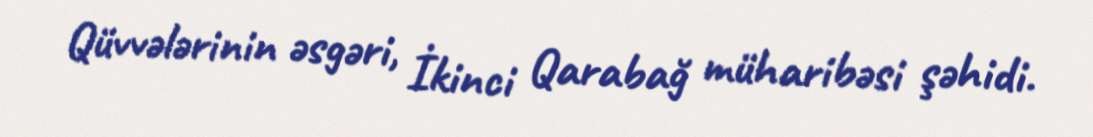
Qüvvələrinin əsgəri, İkinci Qarabağ müharibəsi şəhidi.